Annual statistical returns and brief notes on vaccination in Bengal - 1896-1909
Year: 1896
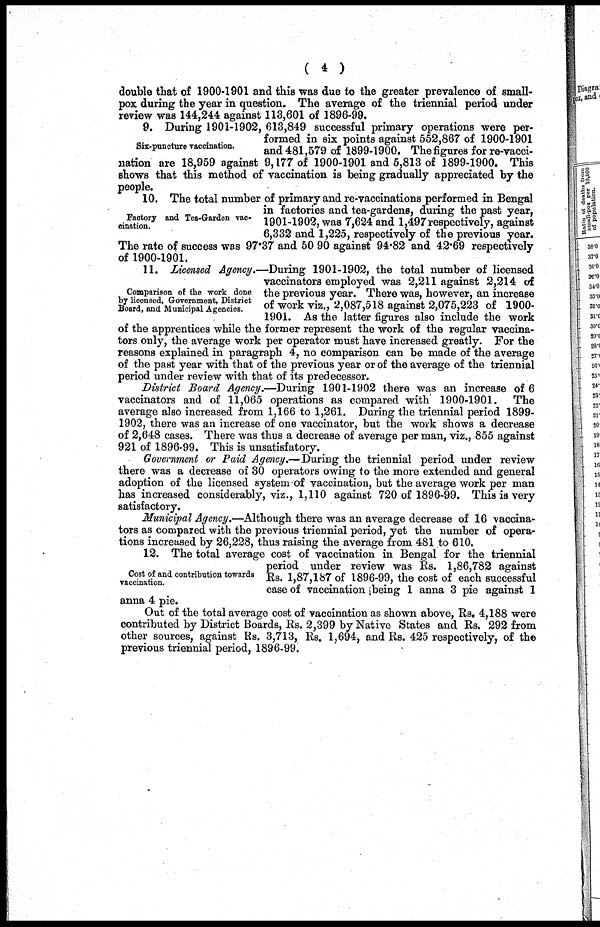
( 4 )
double that of 1900-1901 and this was due to the greater prevalence of small-
pox during the year in question. The average of the triennial period under
review was 144,244 against 113,601 of 1896-99.
Six-puncture vaccination.
9. During 1901-1902, 613,849 successful primary operations were per-
formed in six points against 552,867 of 1900-1901
and 481,579 of 1899-1900. The figures for re-vacci-
nation are 18,959 against 9,177 of 1900-1901 and 5,813 of 1899-1900. This
shows that this method of vaccination is being gradually appreciated by the
people.
Factory and Tea-Garden vac-
cination.
10. The total number of primary and re-vaccinations performed in Bengal
in factories and tea-gardens, during the past year,
1901-1902, was 7,624 and 1,497 respectively, against
6,332 and 1,225, respectively of the previous year.
The rate of success was 97.37 and 50.90 against 94.82 and 42.69 respectively
of 1900-1901.
Comparison of the work done
by licensed, Government, District
Board, and Municipal Agencies.
11. Licensed Agency.—During 1901-1902, the total number of licensed
vaccinators employed was 2,211 against 2,214 of
the previous year. There was, however, an increase
of work viz., 2,087,518 against 2,075,223 of 1900-
1901. As the latter figures also include the work
of the apprentices while the former represent the work of the regular vaccina-
tors only, the average work per operator must have increased greatly. For the
reasons explained in paragraph 4, no comparison can be made of the average
of the past year with that of the previous year or of the average of the triennial
period under review with that of its predecessor.
District Board Agency.—During 1901-1902 there was an increase of 6
vaccinators and of 11,065 operations as compared with 1900-1901. The
average also increased from 1,166 to 1,261. During the triennial period 1899-
1902, there was an increase of one vaccinator, but the work shows a decrease
of 2,648 cases. There was thus a decrease of average per man, viz., 855 against
921 of 1896-99. This is unsatisfatory.
Government or Paid Agency.—During the triennial period under review
there was a decrease of 30 operators owing to the more extended and general
adoption of the licensed system of vaccination, but the average work per man
has increased considerably, viz., 1,110 against 720 of 1896-99. This is very
satisfactory.
Municipal Agency.—Although there was an average decrease of 16 vaccina-
tors as compared with the previous triennial period, yet the number of opera-
tions increased by 26,228, thus raising the average from 481 to 610.
Cost of and contribution towards
vaccination.
12. The total average cost of vaccination in Bengal for the triennial
period under review was Rs. 1,86,782 against
Rs. 1,87,187 of 1896-99, the cost of each successful
case of vaccination being 1 anna 3 pie against 1
anna 4 pie.
Out of the total average cost of vaccination as shown above, Rs. 4,188 were
contributed by District Boards, Rs. 2,399 by Native States and Rs. 292 from
other sources, against Rs. 3,713, Rs. 1,694, and Rs. 425 respectively, of the
previous triennial period, 1896-99.